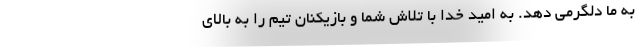
به ما دلگرمی دهد. به امید خدا با تلاش شما و بازیکنان تیم را به بالای